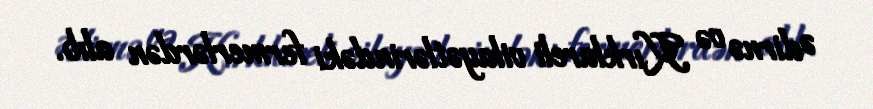
Ədirnə və Kırklareli vilayətlərindəki fermerlərdən alıb.